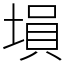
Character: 塤